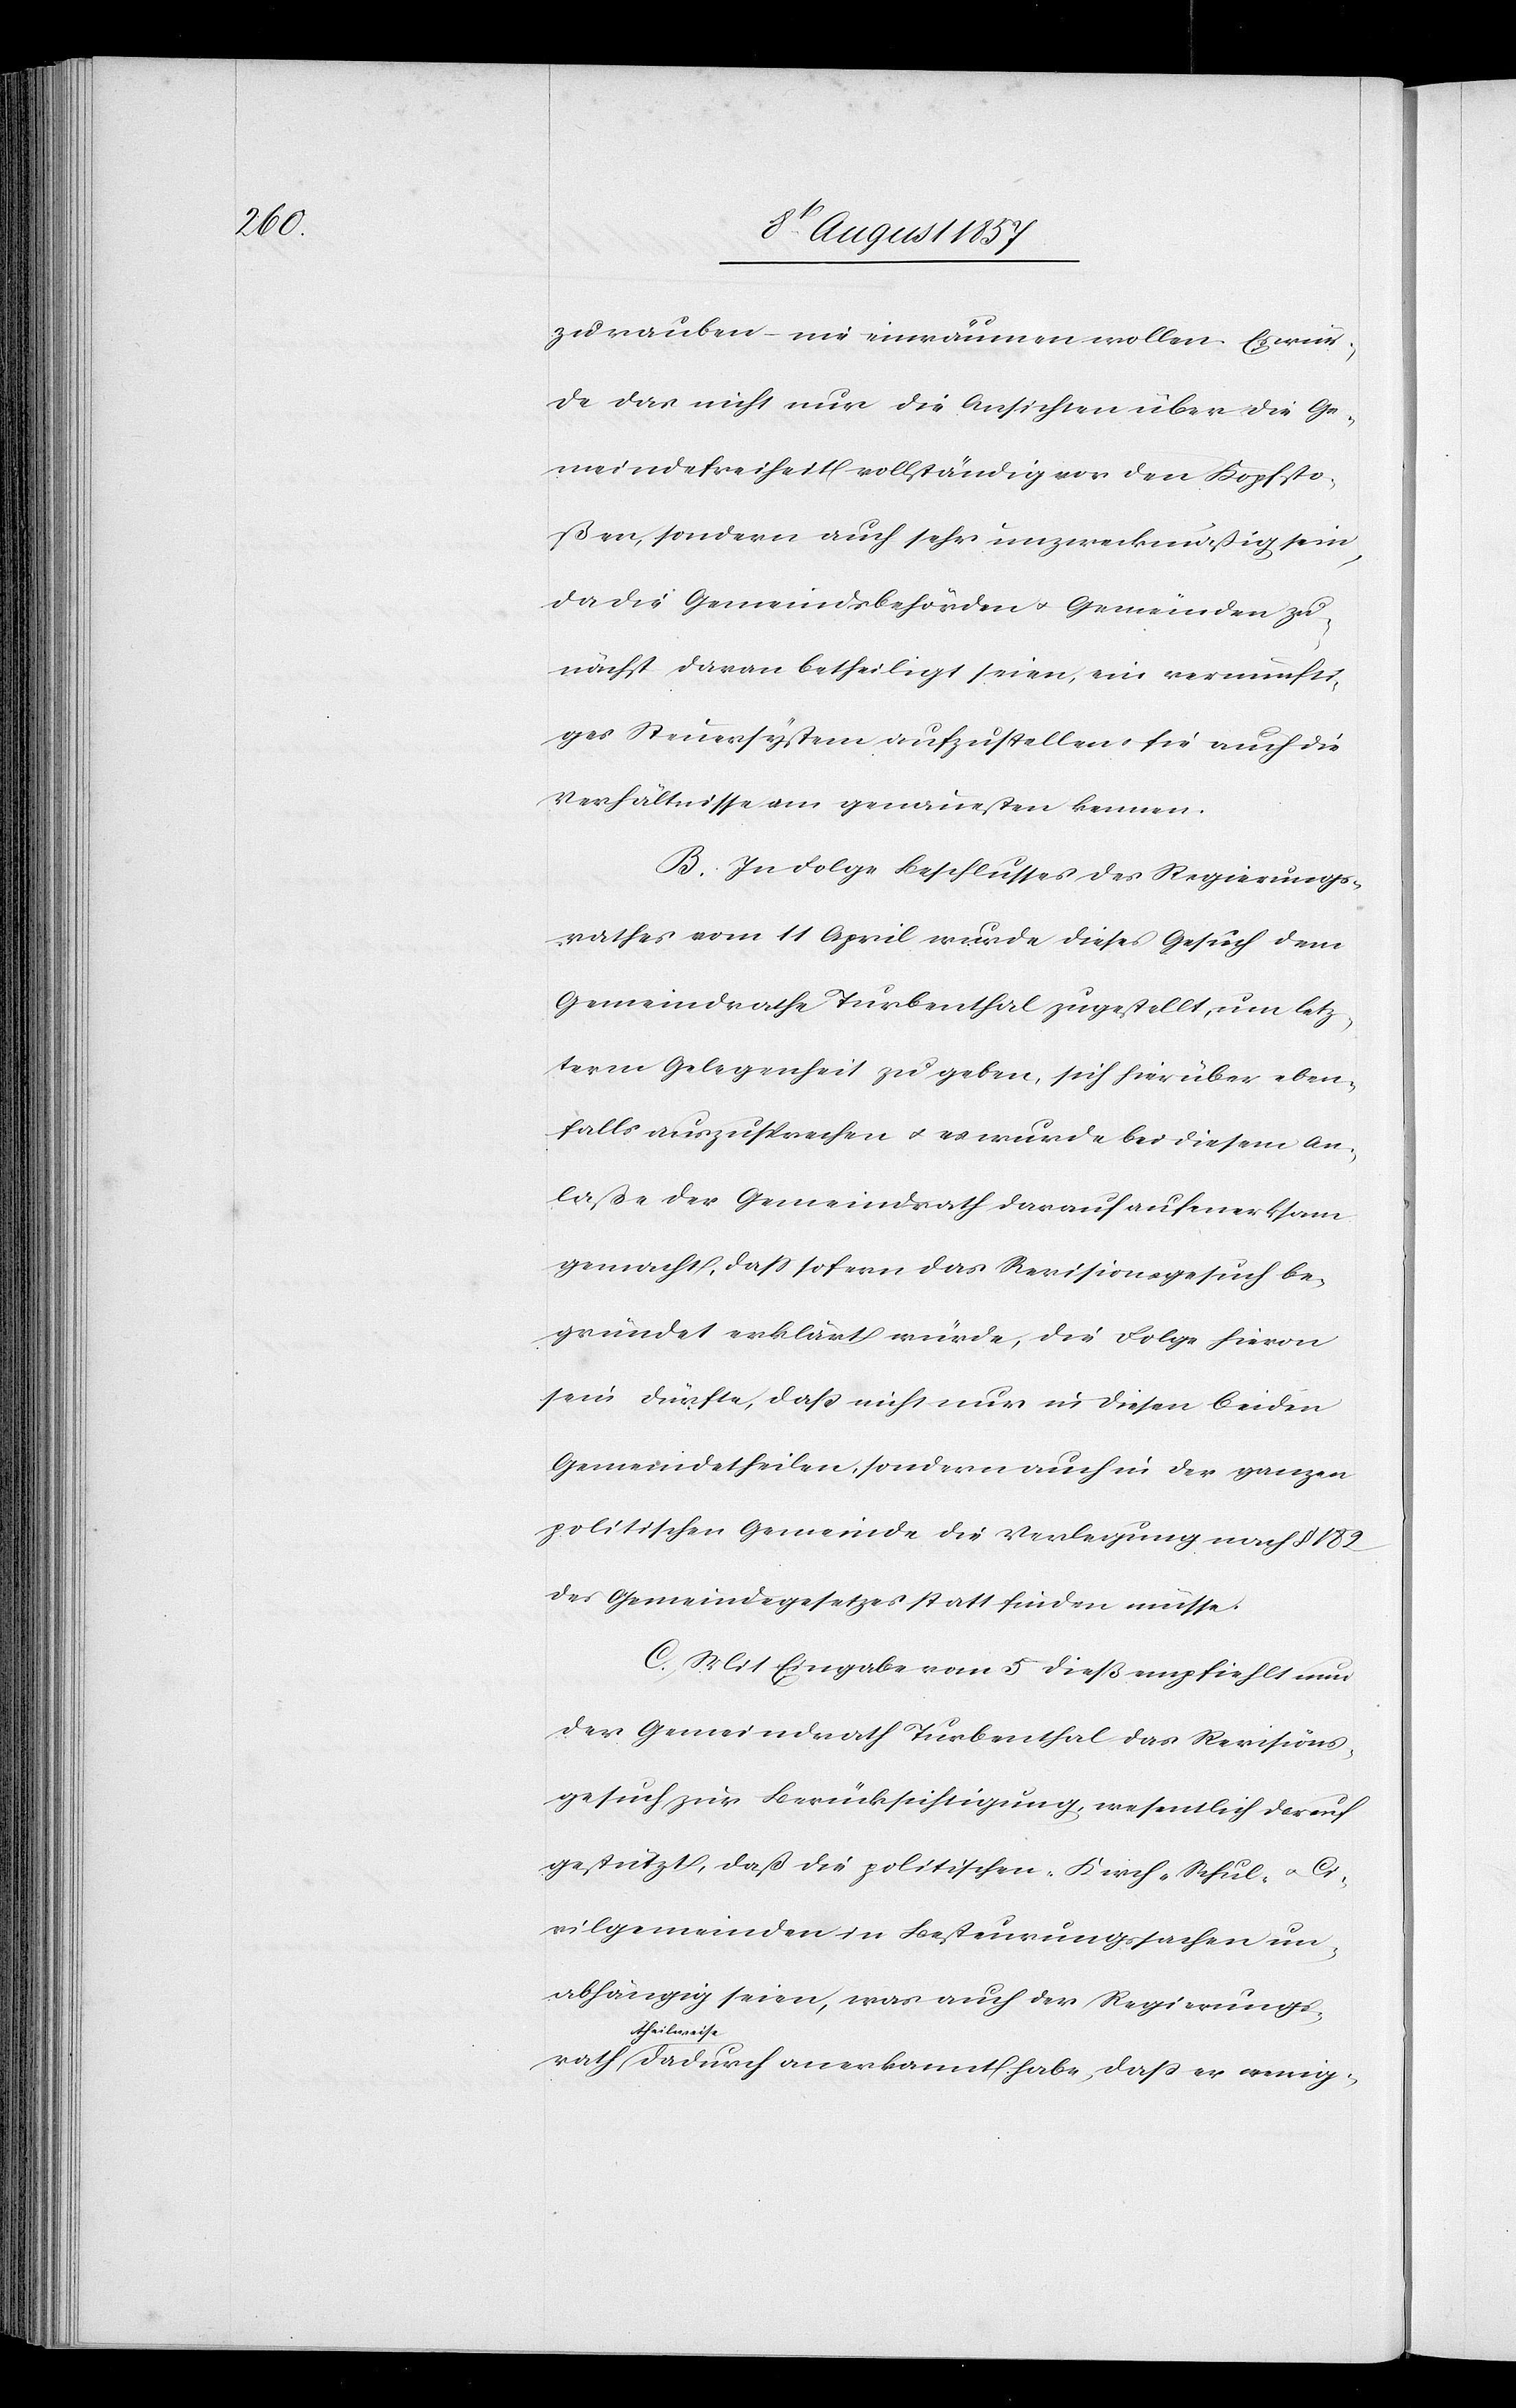
rath

zu rauben – nie einräumen wollen. Es wer¬
de das nicht nur die Ansichten über die Ge¬
meindefreiheit vollständig vor den Kopf sto¬
ßen, sondern auch sehr unzweckmäßig sein,
da die Gemeindsbehörden & Gemeinden zu¬
nächst daran betheiligt seien, ein vernünfti¬
ges Steuersystem aufzustellen & sie auch die
Verhältnisse am genauesten kennen.
B. In Folge Beschlusses des Regierungs¬
rathes vom 11 April wurde dieses Gesuch dem
Gemeindrathe Turbenthal zugestellt, um letz¬
term Gelegenheit zu geben, sich hierüber eben¬
falls auszusprechen & es wurde bei diesem An¬
laße der Gemeindrath darauf aufmerksam
gemacht, daß sofern das Revisionsgesuch be¬
gründet erklärt würde, die Folge hievon
sein dürfte, daß nicht nur in diesen beiden
Gemeindetheilen, sondern auch in der ganzen
politischen Gemeinde die Verlegung nach § 182
des Gemeindegesetzes statt finden müsse.
C. Mit Eingabe vom 5 dieß empfiehlt nun
der Gemeindrath Turbenthal das Revisions¬
gesuch zur Berücksichtigung, wesentlich darauf
gestützt, daß die politischen Kirch-[,] Schul- & Ci¬
vilgemeinden in Besteurungssachen un¬
abhängig seien, was auch der Regierungs¬
theilweis¬
e dadurch anerkannt habe, daß er wenig-